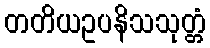
တတိယဥပနိသသုတ္တံ